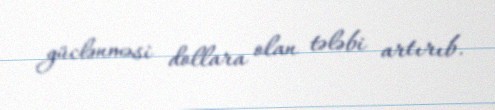
güclənməsi dollara olan tələbi artırıb.